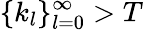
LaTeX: \{ k_{l}\} _{l=0}^{\infty}>T